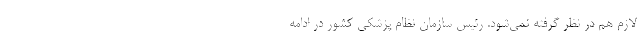
لازم هم در نظر گرفته نمی‌شود. رئیس سازمان نظام پزشکی کشور در ادامه